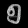
Digit: ၅